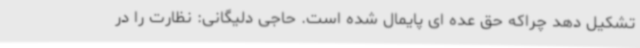
تشکیل دهد چراکه حق عده ای پایمال شده است. حاجی دلیگانی: نظارت را در